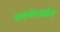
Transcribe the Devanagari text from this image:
एममेरसोन